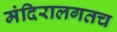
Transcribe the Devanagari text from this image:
मंदिरालगतच